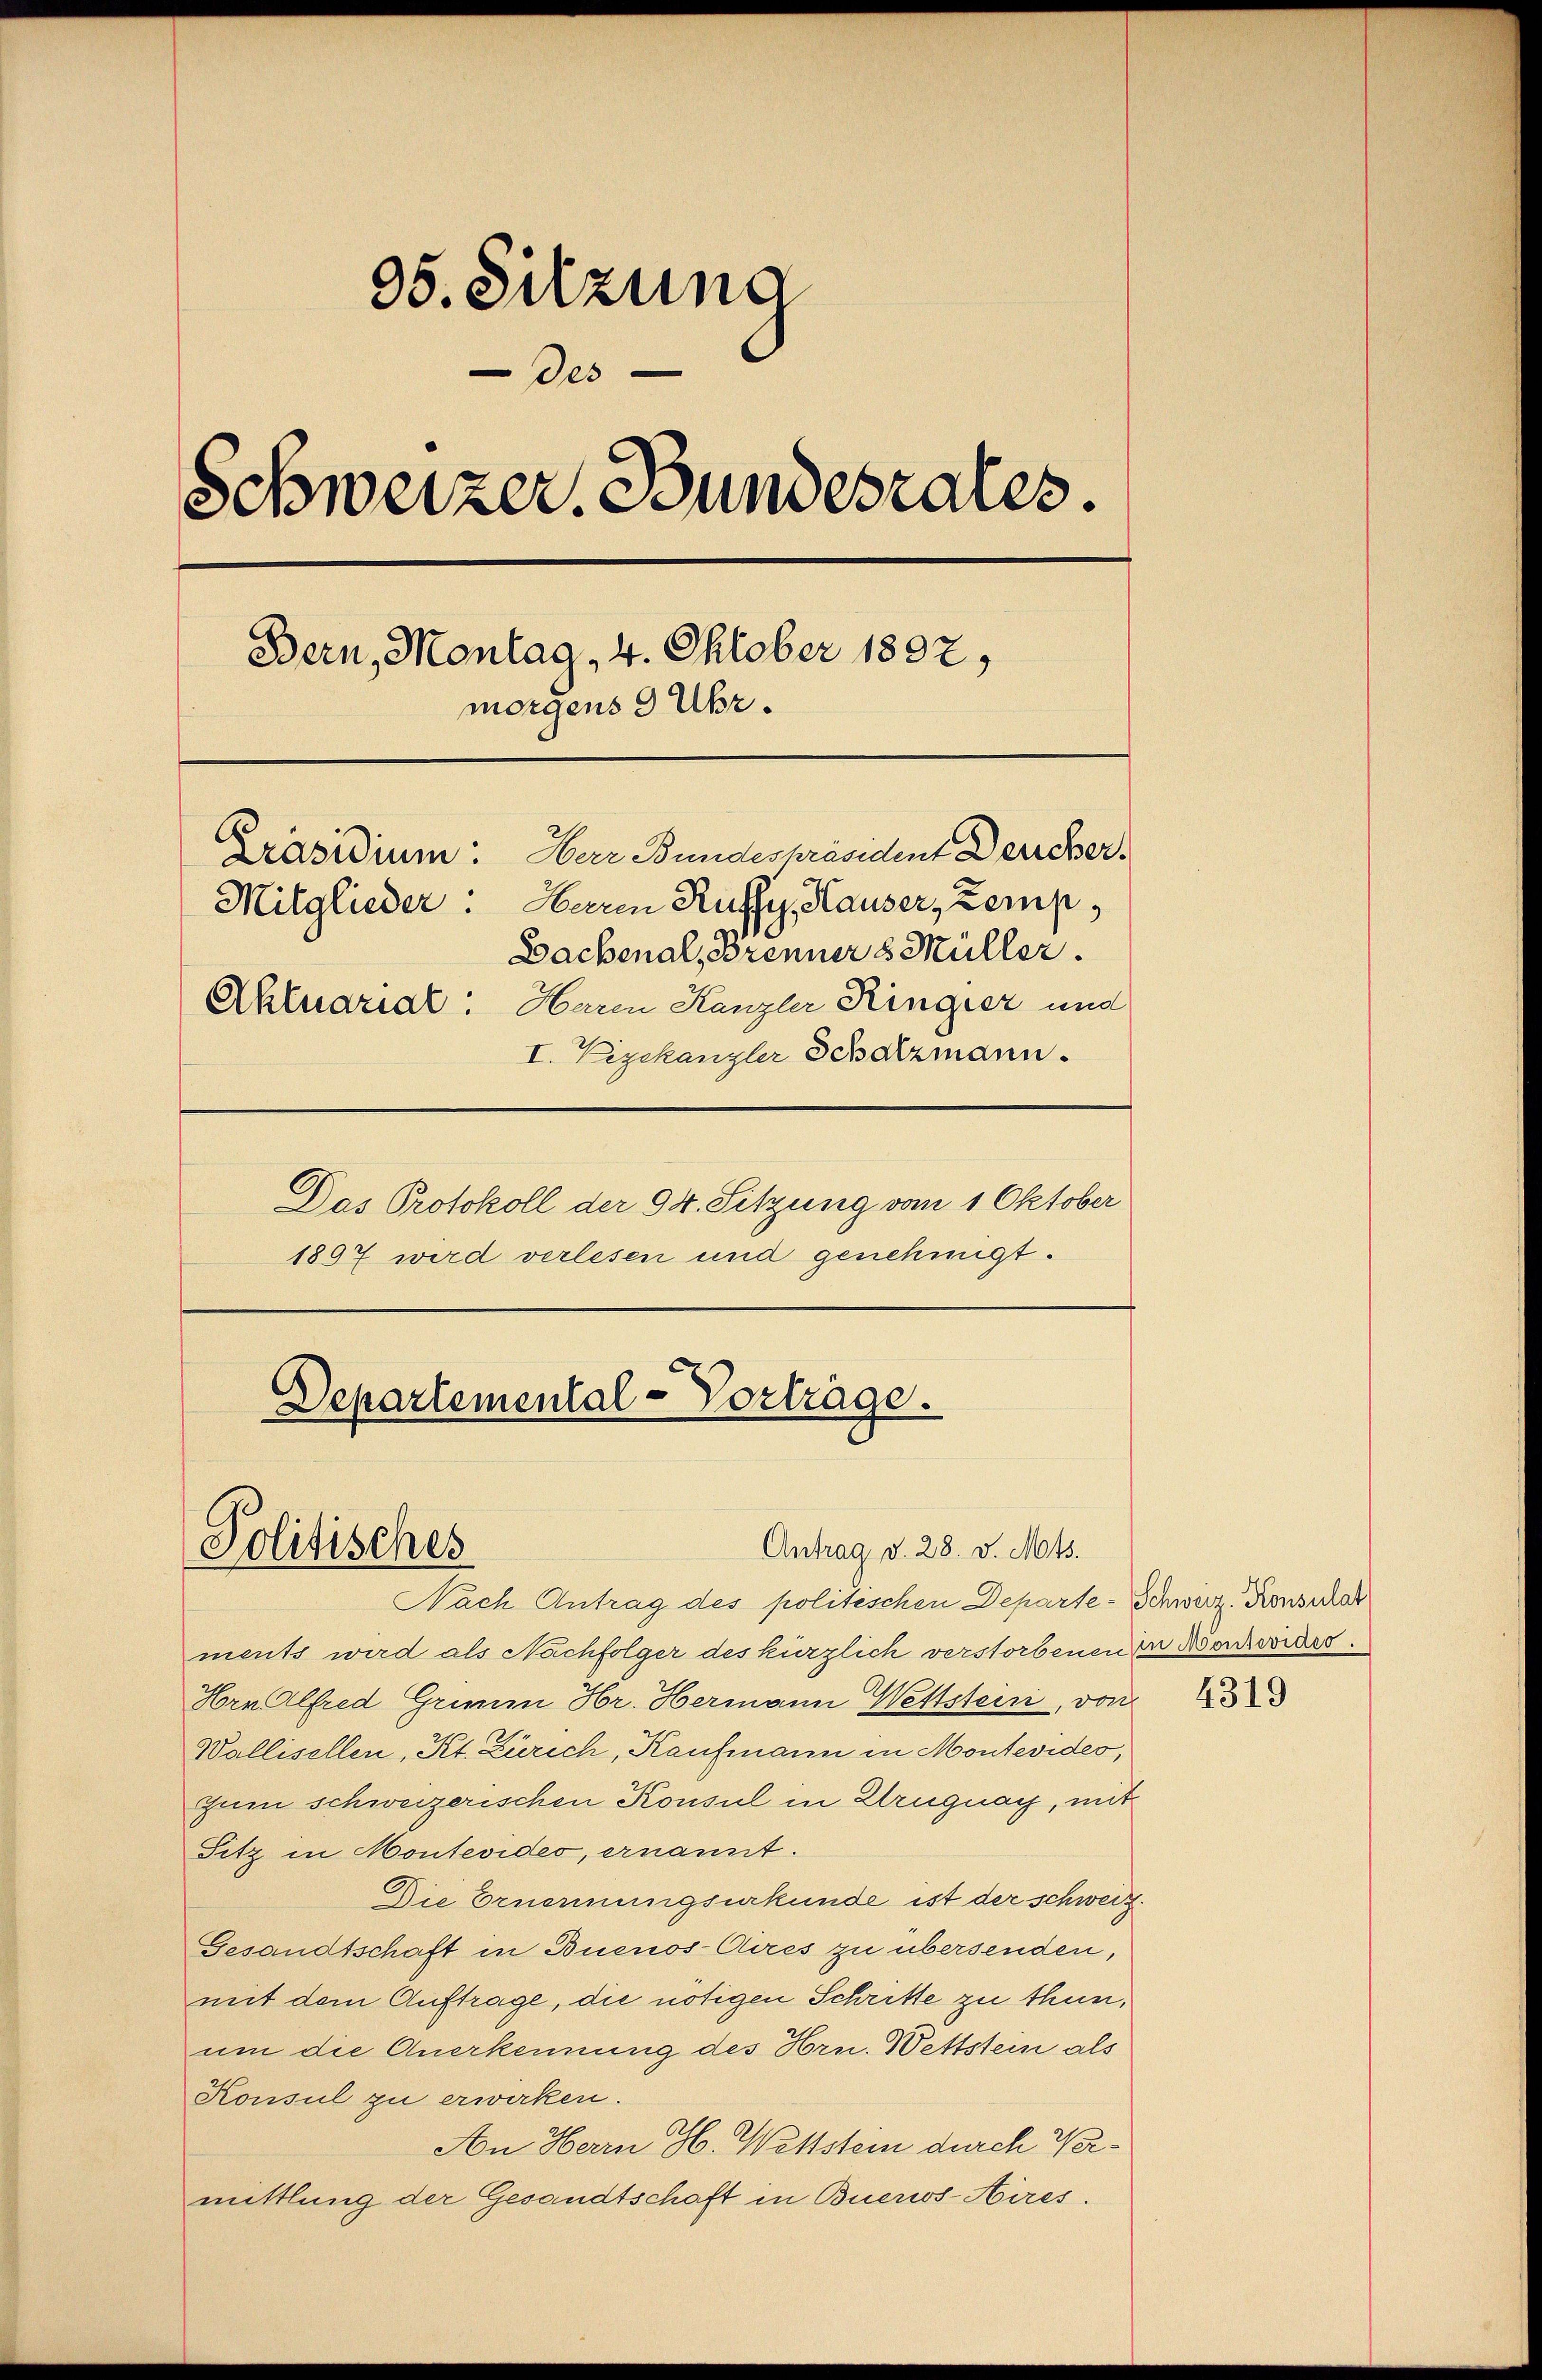
95. Sitzung
 des
Schweizer, Bundesrates.
Bern, Montag, 4. Oktober 1892,
morgens 9 Uhr.
Präsidium: Herr Bundespräsident Derrcher

Departemental-Vorträge.
Politisches
Antrag d. 28. v. Mts.

Mitglieder. Herrn Ruffy, Hauser, Zemp¬
Sachenal, Brenner 8 Müller.
Aktuariat: Haren Kanzler Ringier und
I. Vizekanzler Schatzmann.
Das Protokoll der 94. Sitzung vom 1 Oktober
1807 wird verlesen und genehmigt.

Nach Antrag des politischen Departe-Schweiz. Konsidas
ments wird als Nachfolger des kürzlich verstorbenen in Konzeriss.
Hrn Alfred Grimm Hr. Hermann Wettstein, von
Wallisellen, Kt. Zürich, Kaufmann in Montevides,
gum schweizerischen Konsul in Kruguay, mit
Sitz in Montevides, ernannt.
Die Ernennungsurkunde ist der schweiz.
Gesandtschaft in Buenos-Aires zu übersenden,
mit dem Auftrage, die nötigen Schritte zu thun,
um die Anerkennung des Hrn. Wettstein als
Konsul zu erwirken.
An Herrn H. Wettstein durch Vermittlung der Gesandtschaft in Buenos-Hires.

4319